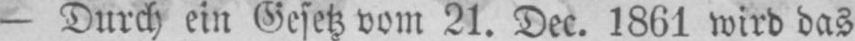
- Durch ein Gesetz vom 21. Dec. 1861 wird das